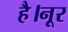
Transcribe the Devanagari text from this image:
है।नूर